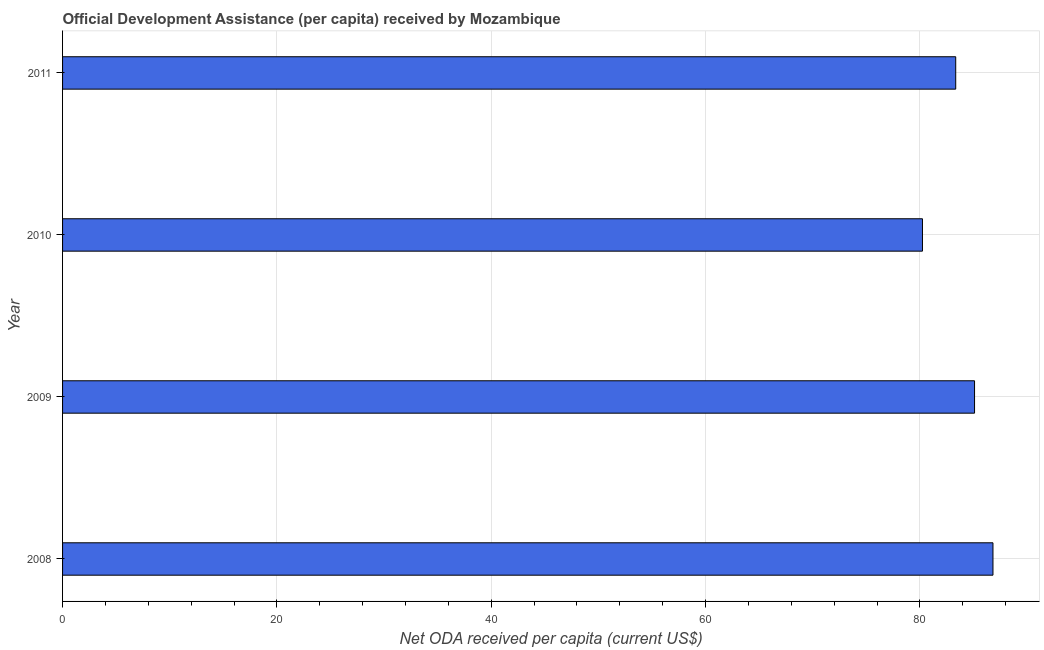
| Year | Net ODA received per capita |
 | --- | --- |
 | 2008 | 86.8 |
 | 2009 | 85.1 |
 | 2010 | 80.2 |
 | 2011 | 83.3 |